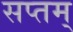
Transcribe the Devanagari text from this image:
सप्तम्‌